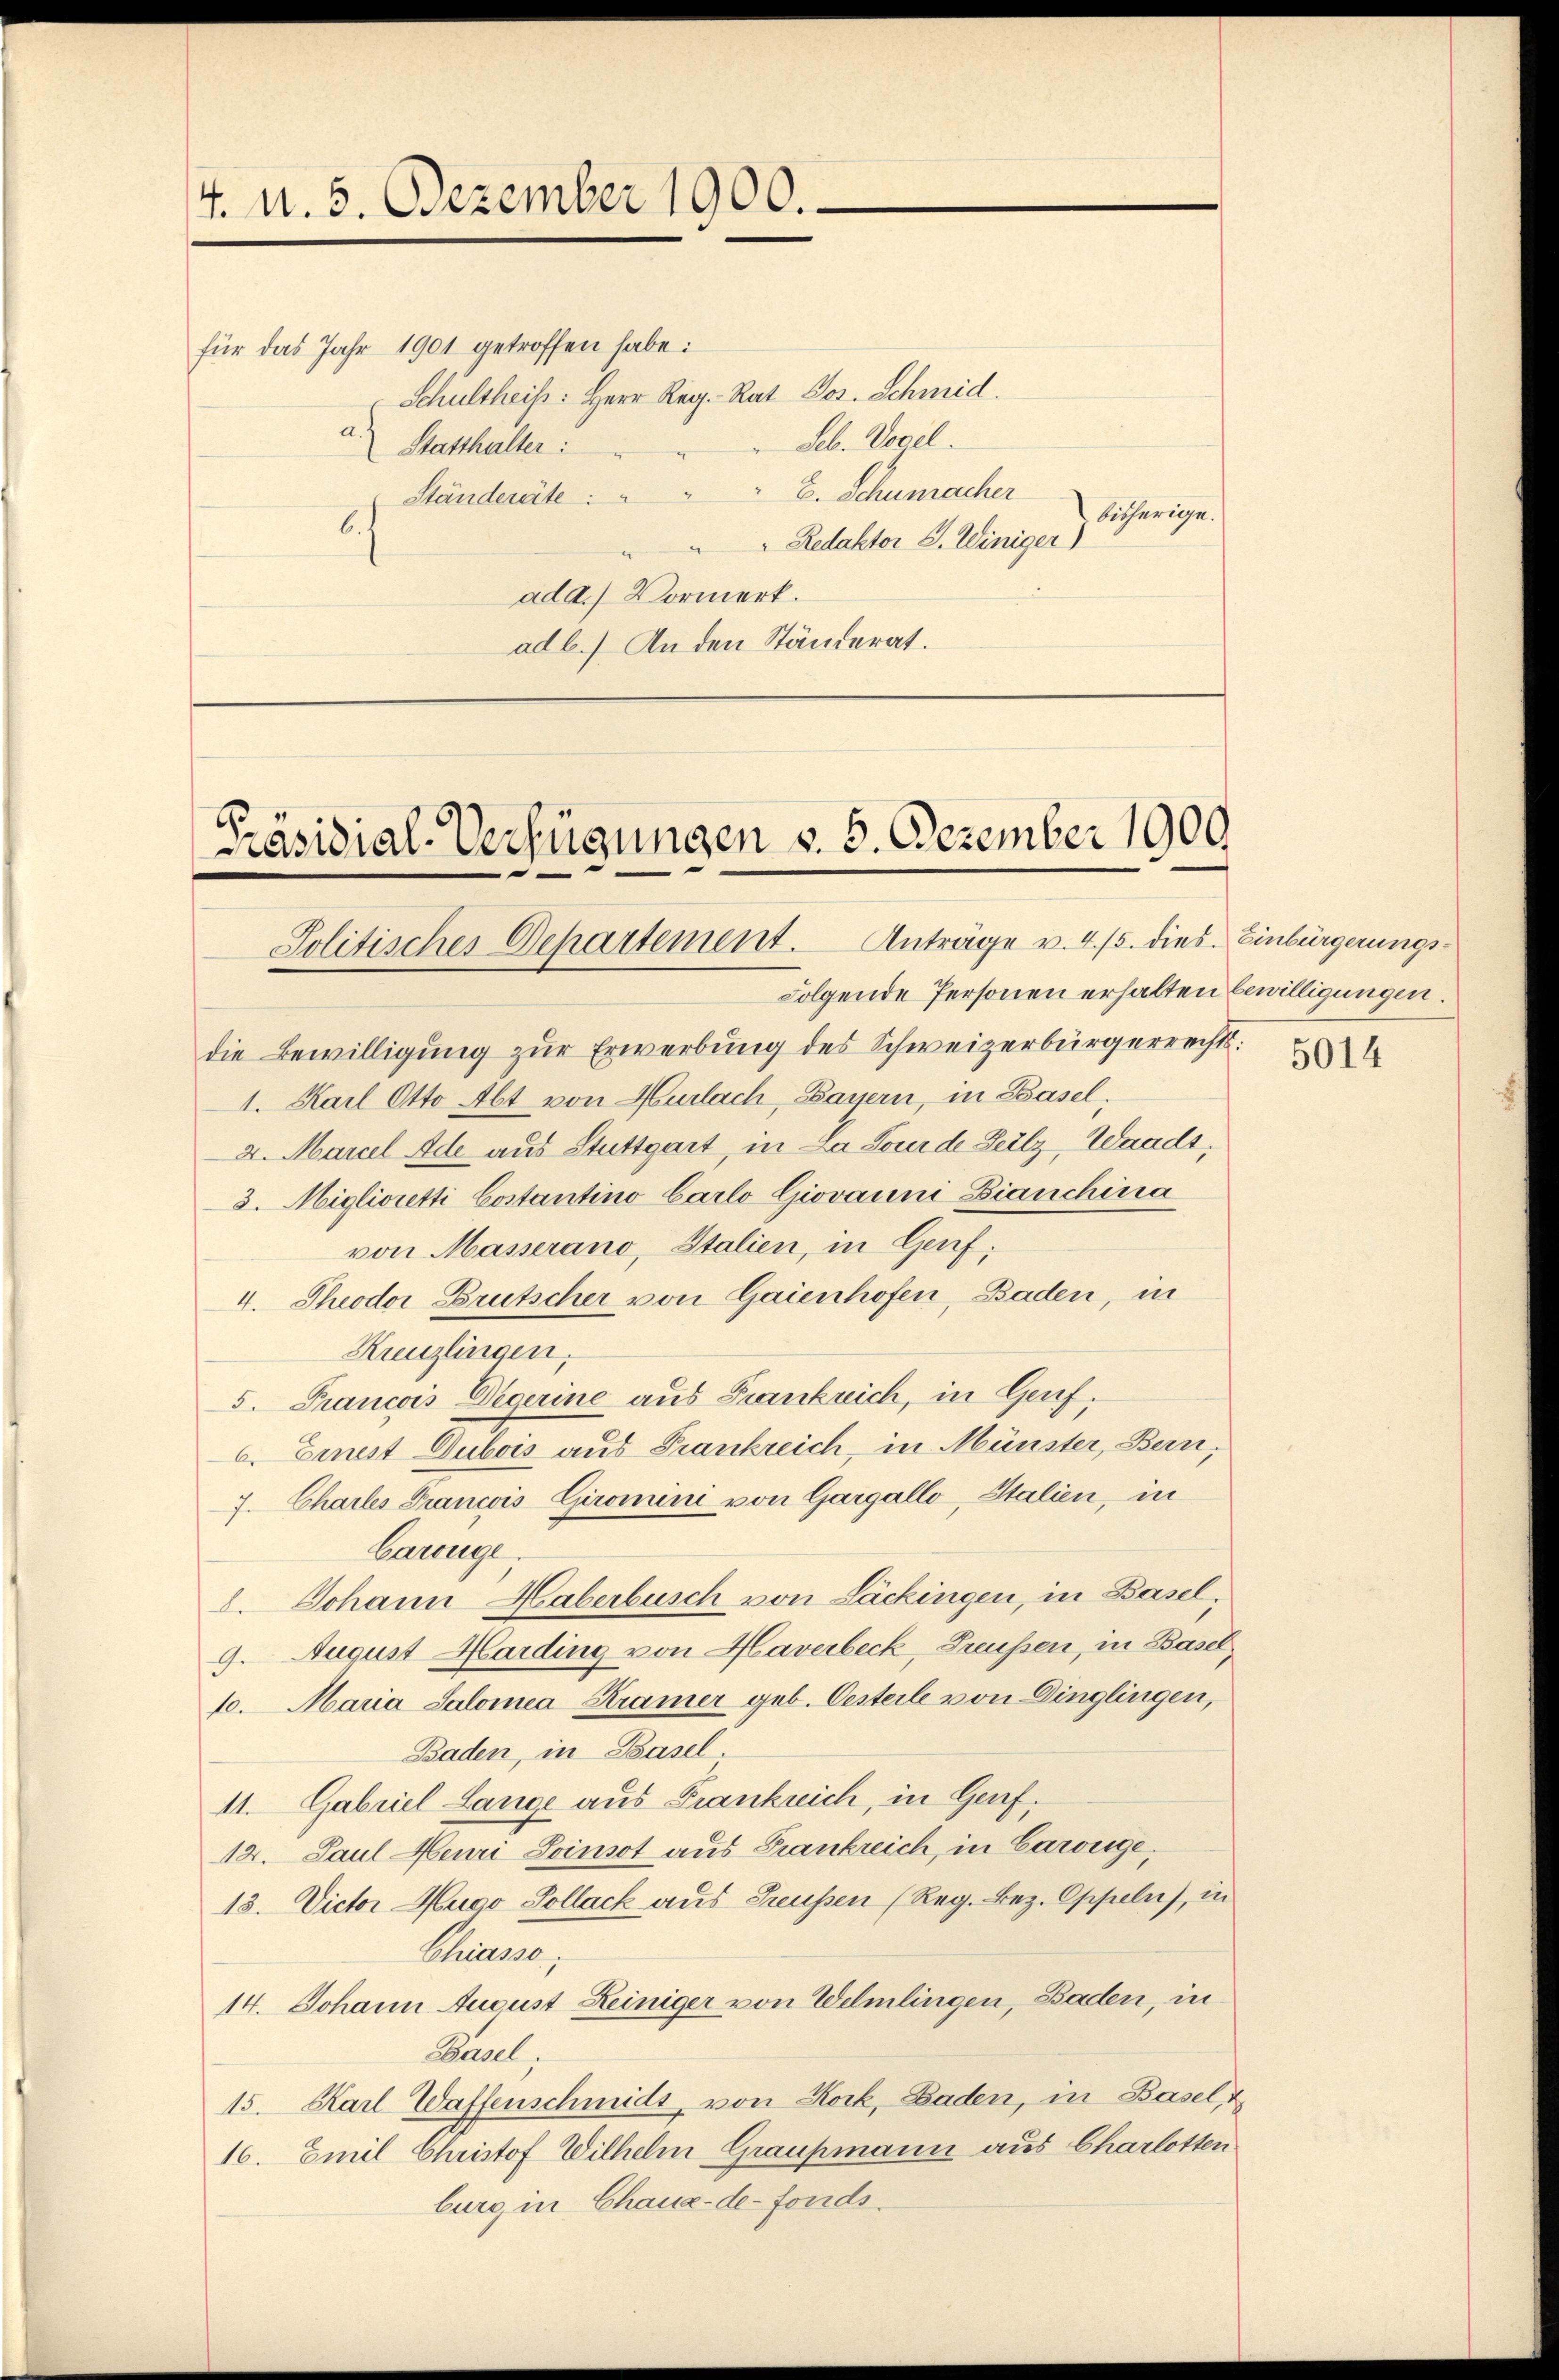
4. v. 5. Dezember 1900.

für das Jahr 1901 getroffen habe:
Schultheis: Herr Reg.-Rat Jos. Schmid.
Seb. Vocel.
Statthalter:
E. Schumacher
Ständeräte:
bisherige.
Ei
Redaktor G. Winiger)
ad a.) Vormerk.
ad b.) An den Ständerat.

[Präsidial-Verfügungen v. 5. Dezember 1900.
Politisches Departement. Anträge v. 4. 15. dies. Einbürgerungs¬

Folgende Personen erhalten bewilligungen.
die Bewilligung zur Erwerbung des Schweizerbürgerrechts:
1. Karl Otto Abt von Hurlach, Payern, in Basel,
2. Marcl Ade aus Stuttgart, in La Jourde Feilz, Waadt,
3. Miglioretti Costantino Carlo Giovanni Bianchina
von Masserano, Italien, in Genf;
4. Theodor Brutscher von Gaienhofen, Baden, in
Kreuzlingen.
5. Francois Degerine aus Frankreich, in Genf.
6. Einest Dubois aus Frankreich, in Münster, Bern,
7. Charles Francois Giromini von Gargállo, Italien, in
Carouge.
d. Johann Haberbusch von Lackingen, in Basel,
9. August Harding von Haverbeck, Preussen, in Basel,
10. Maria Salomea Kramer geb. Oesteile von Dinglingen,
Baden, in Basel
11. Gabriel Lange aus Frankreich, in Genf.
12. Paul Meuri Loinsot aus Frankreich, in Carouge,
13. Victor Muco Pollack aus Preußen (Reg. Bez. Oppeln, in
Chiasse,
14. Johann August Heiniger von Welmlingen, Baden, in¬
Cancel
15. Karl Waffenschmidt, von Rock, Baden, in Basel,
16. Emil Christof Wilhelm Graupmann aus Charlotten
burg in Chaux-de-Fonds.

5014